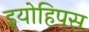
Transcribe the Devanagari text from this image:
इयोहिपस